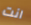
انت